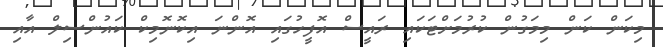
މިކަން ކަން މިމަގުން ކުރުމަށްޓަކައި ރައީސް އޮފީހުގައި އޮންނަ އިކޮނޮމިކް ކައުންސިލް އާއި